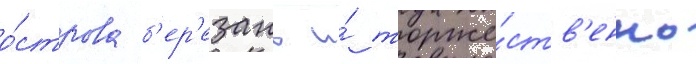
о́строва б'ер'езань и́ торже́ств'енно